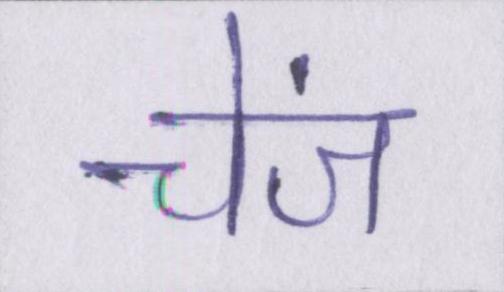
चेंज